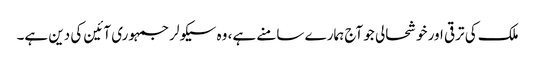
ملک کی ترقی اور خوشحالی جو آج ہمارے سامنے ہے، وہ سیکولر جمہوری آئین کی دین ہے۔